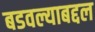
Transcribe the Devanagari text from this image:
बडवल्याबद्दल